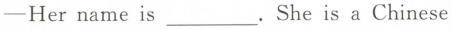
—— Her name is ___. She is a Chinese